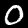
Digit: 0